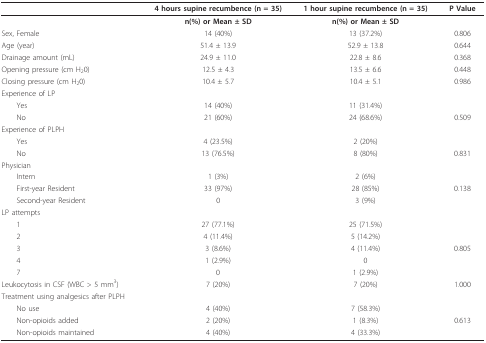
<table><thead><tr><td></td><td><b>4 hours supine recumbence (n = 35)</b></td><td><b>1 hour supine recumbence (n = 35)</b></td><td><b>P Value</b></td></tr></thead><tbody><tr><td></td><td><b>n(%) or Mean ± SD</b></td><td><b>n(%) or Mean ± SD</b></td><td></td></tr><tr><td>Sex, Female</td><td>14 (40%)</td><td>13 (37.2%)</td><td>0.806</td></tr><tr><td>Age (year)</td><td>51.4 ± 13.9</td><td>52.9 ± 13.8</td><td>0.644</td></tr><tr><td>Drainage amount (mL)</td><td>24.9 ± 11.0</td><td>22.8 ± 8.6</td><td>0.368</td></tr><tr><td>Opening pressure (cm H<sub>2</sub>0)</td><td>12.5 ± 4.3</td><td>13.5 ± 6.6</td><td>0.448</td></tr><tr><td>Closing pressure (cm H<sub>2</sub>0)</td><td>10.4 ± 5.7</td><td>10.4 ± 5.1</td><td>0.986</td></tr><tr><td>Experience of LP</td><td></td><td></td><td></td></tr><tr><td> Yes</td><td>14 (40%)</td><td>11 (31.4%)</td><td></td></tr><tr><td> No</td><td>21 (60%)</td><td>24 (68.6%)</td><td>0.509</td></tr><tr><td>Experience of PLPH</td><td></td><td></td><td></td></tr><tr><td> Yes</td><td>4 (23.5%)</td><td>2 (20%)</td><td></td></tr><tr><td> No</td><td>13 (76.5%)</td><td>8 (80%)</td><td>0.831</td></tr><tr><td>Physician</td><td></td><td></td><td></td></tr><tr><td> Intern</td><td>1 (3%)</td><td>2 (6%)</td><td></td></tr><tr><td> First-year Resident</td><td>33 (97%)</td><td>28 (85%)</td><td>0.138</td></tr><tr><td> Second-year Resident</td><td>0</td><td>3 (9%)</td><td></td></tr><tr><td>LP attempts</td><td></td><td></td><td></td></tr><tr><td> 1</td><td>27 (77.1%)</td><td>25 (71.5%)</td><td></td></tr><tr><td> 2</td><td>4 (11.4%)</td><td>5 (14.2%)</td><td></td></tr><tr><td> 3</td><td>3 (8.6%)</td><td>4 (11.4%)</td><td>0.805</td></tr><tr><td> 4</td><td>1 (2.9%)</td><td>0</td><td></td></tr><tr><td> 7</td><td>0</td><td>1 (2.9%)</td><td></td></tr><tr><td>Leukocytosis in CSF (WBC &gt; 5 mm<sup>3</sup>)</td><td>7 (20%)</td><td>7 (20%)</td><td>1.000</td></tr><tr><td>Treatment using analgesics after PLPH</td><td></td><td></td><td></td></tr><tr><td> No use</td><td>4 (40%)</td><td>7 (58.3%)</td><td></td></tr><tr><td> Non-opioids added</td><td>2 (20%)</td><td>1 (8.3%)</td><td>0.613</td></tr><tr><td> Non-opioids maintained</td><td>4 (40%)</td><td>4 (33.3%)</td><td></td></tr></tbody></table>